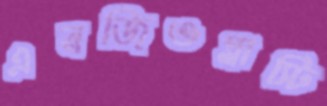
এনজিওপ্লাস্টি